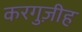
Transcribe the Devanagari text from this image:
करगुज़ीह